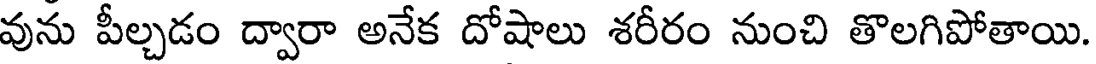
వును పీల్చడం ద్వారా అనేక దోషాలు శరీరం నుంచి తొలగిపోతాయి